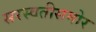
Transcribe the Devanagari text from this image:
सरस्वतीसमोर